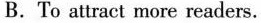
B.To attract more readers.